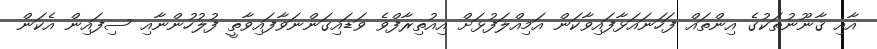
އާއި ޤާނޫނުތަކުގެ އިންތައް ފަހަނައަޅާފައިވާކަން އަމިއްލަފުޅަށް އިއުތިރާފްވެ ވަޑައިގަންނަވާފައިވާތީ ފުލުހުންނާއި ސިފައިން އެކަން